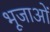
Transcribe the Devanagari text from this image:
भूजाओं